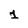
Character: 1